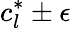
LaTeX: c_{l}^{*}\pm\epsilon